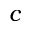
c